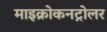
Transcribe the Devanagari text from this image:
माइक्रोकनट्रोलर